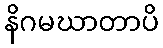
နိဂမဃာတာပိ